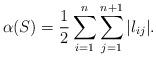
LaTeX: \begin{align*}\alpha(S)=\frac{1}{2}\sum_{i=1}^n\sum_{j=1}^{n+1} |l_{ij}|. \end{align*}